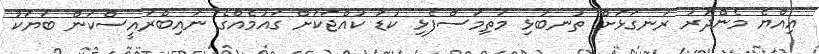
އިއްޔެ މެންދުރު ރަނގަޅަށް ތުނބުޅި މަތިމަސްފެޅި ކުޑަ ކުއްޖަކަށް ގައުމެއްގެ ނައިބްރައީސްކަން ބަޔަކު